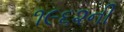
૧૯૬૨ની